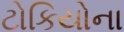
ટોકિયોના